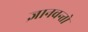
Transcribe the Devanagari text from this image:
ज्ञानवन्तो